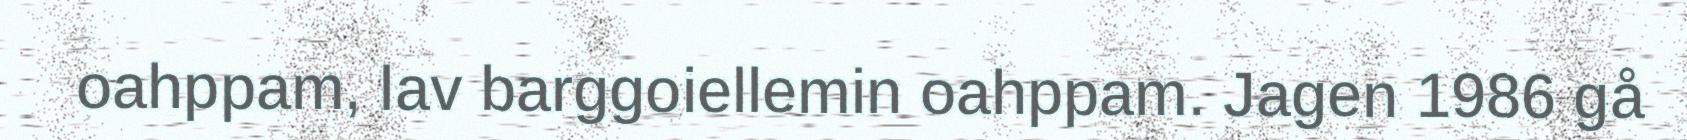
oahppam, lav barggoiellemin oahppam. Jagen 1986 gå